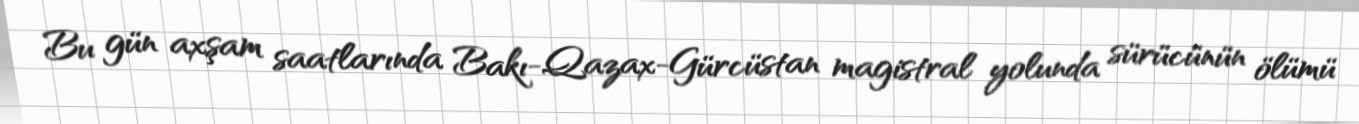
Bu gün axşam saatlarında Bakı-Qazax-Gürcüstan magistral yolunda sürücünün ölümü